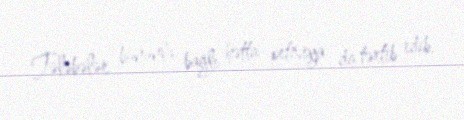
Tələbələr bununla bağlı hətta petisiya da tərtib edib.